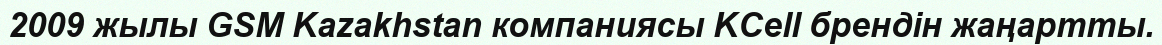
2009 жылы GSM Kazakhstan компаниясы KCell брендін жаңартты.